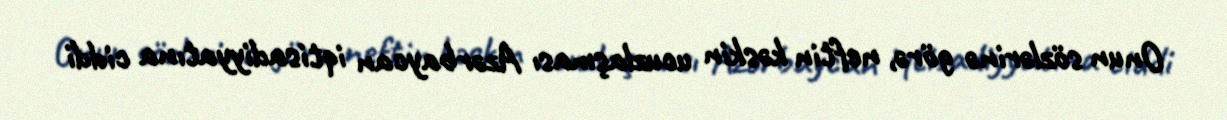
Onun sözlərinə görə, neftin kəskin ucuzlaşması Azərbaycan iqtisadiyyatına ciddi